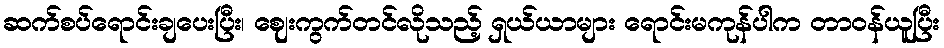
ဆက်စပ်ရောင်းချပေးပြီး၊ ဈေးကွက်တင်လိုသည့် ရှယ်ယာများ ရောင်းမကုန်ပါက တာ၀န်ယူပြီး